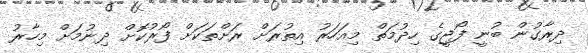
ދިރާގުން ބުނީ ފޯޖީގެ ހިދުމަތް މިއަހަރު އިތުރަށް ރަށްތަކަށް ފޯރުކޮށް ދިނުމަށް މިހާރު